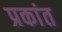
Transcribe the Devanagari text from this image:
प्रकांत